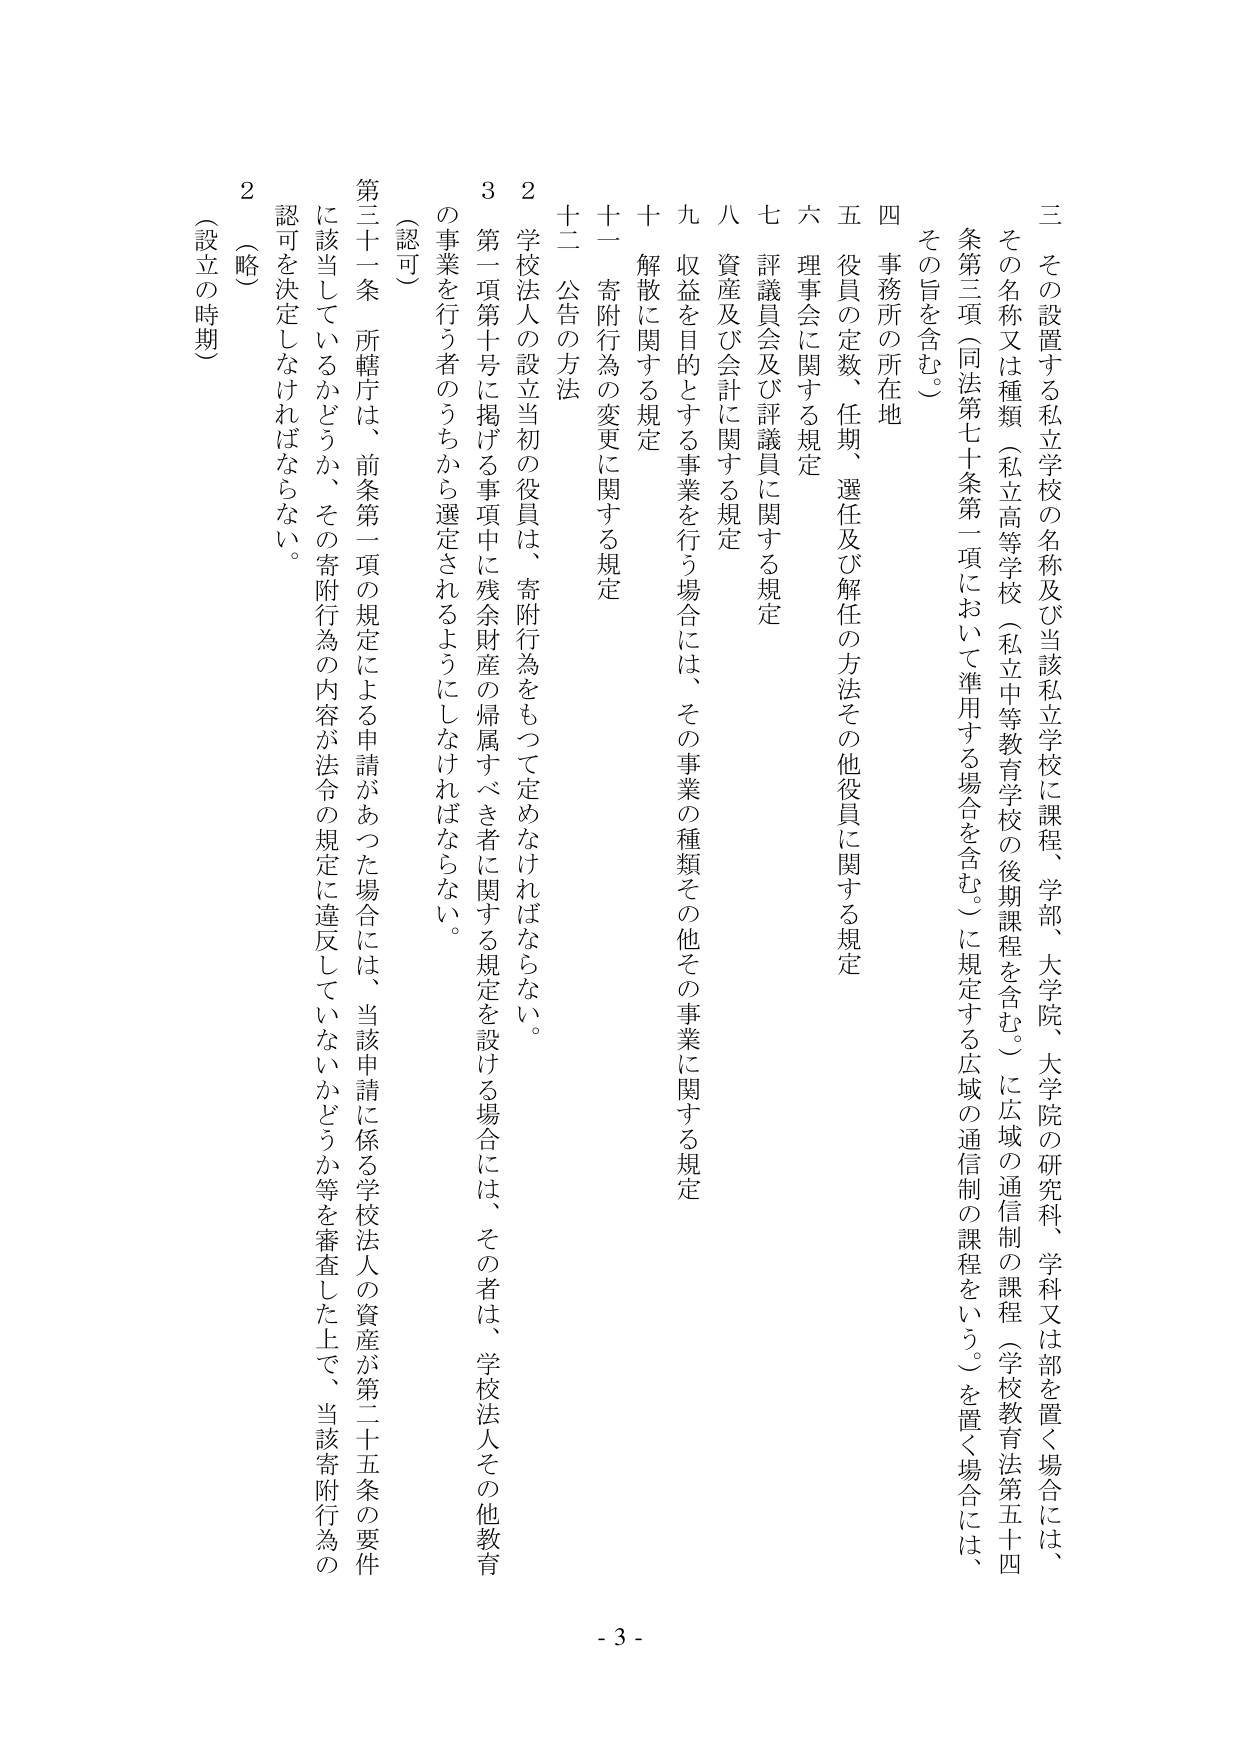
三 その設置する私立学校の名称及び当該私立学校に課程、学部、大学院、大学院の研究科、学科又は部を置く場合には、
その名称又は種類（私立高等学校（私立中等教育学校の後期課程を含む。）に広域の通信制の課程（学校教育法第五十四条第三項（同法第七十条第一項において準用する場合を含む。）に規定する広域の通信制の課程をいう。）を置く場合には、
その旨を含む。）

四 事務所の所在地

五 役員の定数、任期、選任及び解任の方法その他役員に関する規定

六 理事会に関する規定

七 評議員会及び評議員に関する規定

八 資産及び会計に関する規定

九 収益を目的とする事業を行う場合には、その事業の種類その他その事業に関する規定

十 解散に関する規定

十一 寄附行為の変更に関する規定

十二 公告の方法

２ 学校法人の設立当初の役員は、寄附行為をもって定めなければならない。

３ 第一項第十号に掲げる事項中に残余財産の帰属すべき者に関する規定を設ける場合には、その者は、学校法人その他教育の事業を行う者のうちから選定されるようにしなければならない。

（認可）

第三十一条 所轄庁は、前条第一項の規定による申請があった場合には、当該申請に係る学校法人の資産が第二十五条の要件に該当しているかどうか、その寄附行為の内容が法令の規定に違反していないかどうか等を審査した上で、当該寄附行為の認可を決定しなければならない。

２ （略）

（設立の時期）

- 3 -